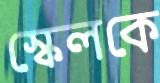
স্কেলকে